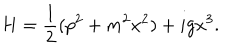
H = { \frac { 1 } { 2 } } ( p ^ { 2 } + m ^ { 2 } x ^ { 2 } ) + i g x ^ { 3 } .